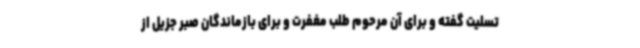
تسلیت گفته و برای آن مرحوم طلب مغفرت و برای بازماندگان صبر جزیل از